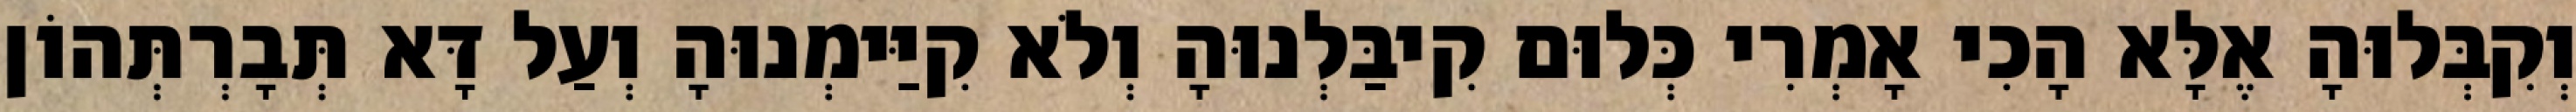
וְקִבְּלוּהָ אֶלָּא הָכִי אָמְרִי כְּלוּם קִיבַּלְנוּהָ וְלֹא קִיַּימְנוּהָ וְעַל דָּא תְּבָרְתְּהוֹן